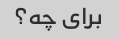
برای چه؟